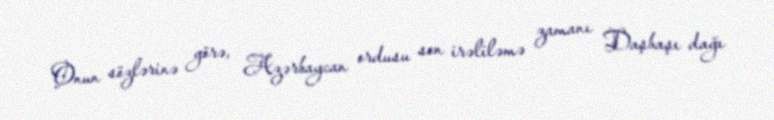
Onun sözlərinə görə, Azərbaycan ordusu son irəliləmə zamanı Daşbaşı dağı